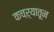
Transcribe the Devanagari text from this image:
कचऱ्यातून